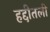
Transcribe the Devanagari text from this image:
हद्दीतली